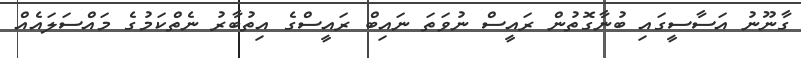
ގާނޫނު އަސާސީގައި ބުނާގޮތުން ރައީސް ނުވަަތަ ނައިބް ރައީސްގެ އިތުބާރު ނެތްކަމުގެ މައްސަލައެއް